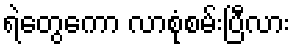
ရဲတွေကော လာစုံစမ်းပြီလား